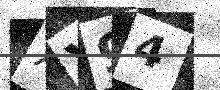
Text: XV94